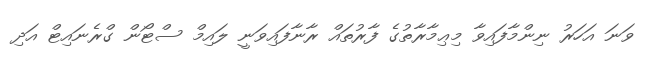
ވަނަ އަހަރު ނިންމާފައިވާ މިޢިމާރާތުގެ ފާރުތައް ރާނާފައިވަނީ ލައިމް ސްޓޯން ގްރެނައިޓް އަދި